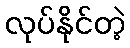
လုပ်နိုင်တဲ့